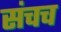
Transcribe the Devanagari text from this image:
संचच